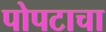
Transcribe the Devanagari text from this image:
पोपटाचा